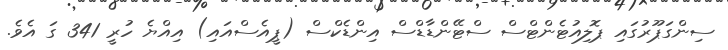
ސިންގަޕޫރުގައި ޕޮލިއުޓެންޓްސް ސްޓޭންޑާޑްސް އިންޑެކްސް (ޕީއެސްއައި) އިއްޔެ ހުރީ 341 ގަ އެވެ.